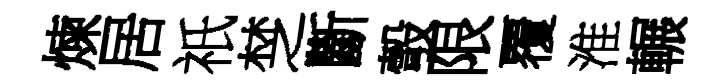
煉居祇椘斷彀限覆淮輾